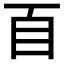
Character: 𦣻